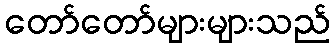
တော်တော်များများသည်